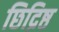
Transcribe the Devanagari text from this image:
छिद्रिष्ठ